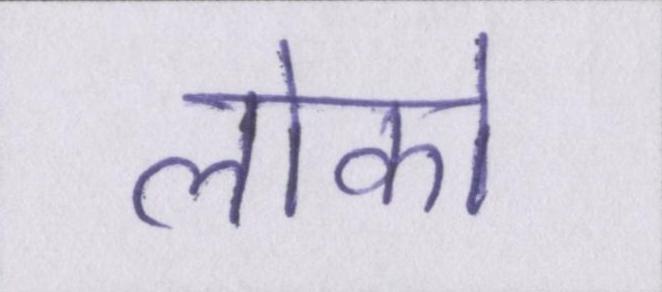
लोको